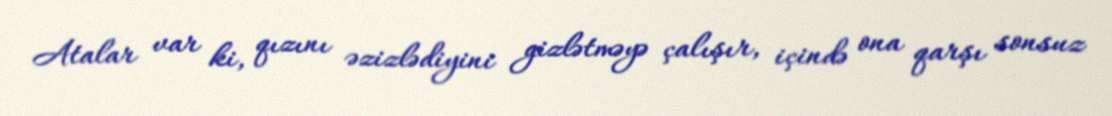
Atalar var ki, qızını əzizlədiyini gizlətməyə çalışır, içində ona qarşı sonsuz